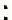
: